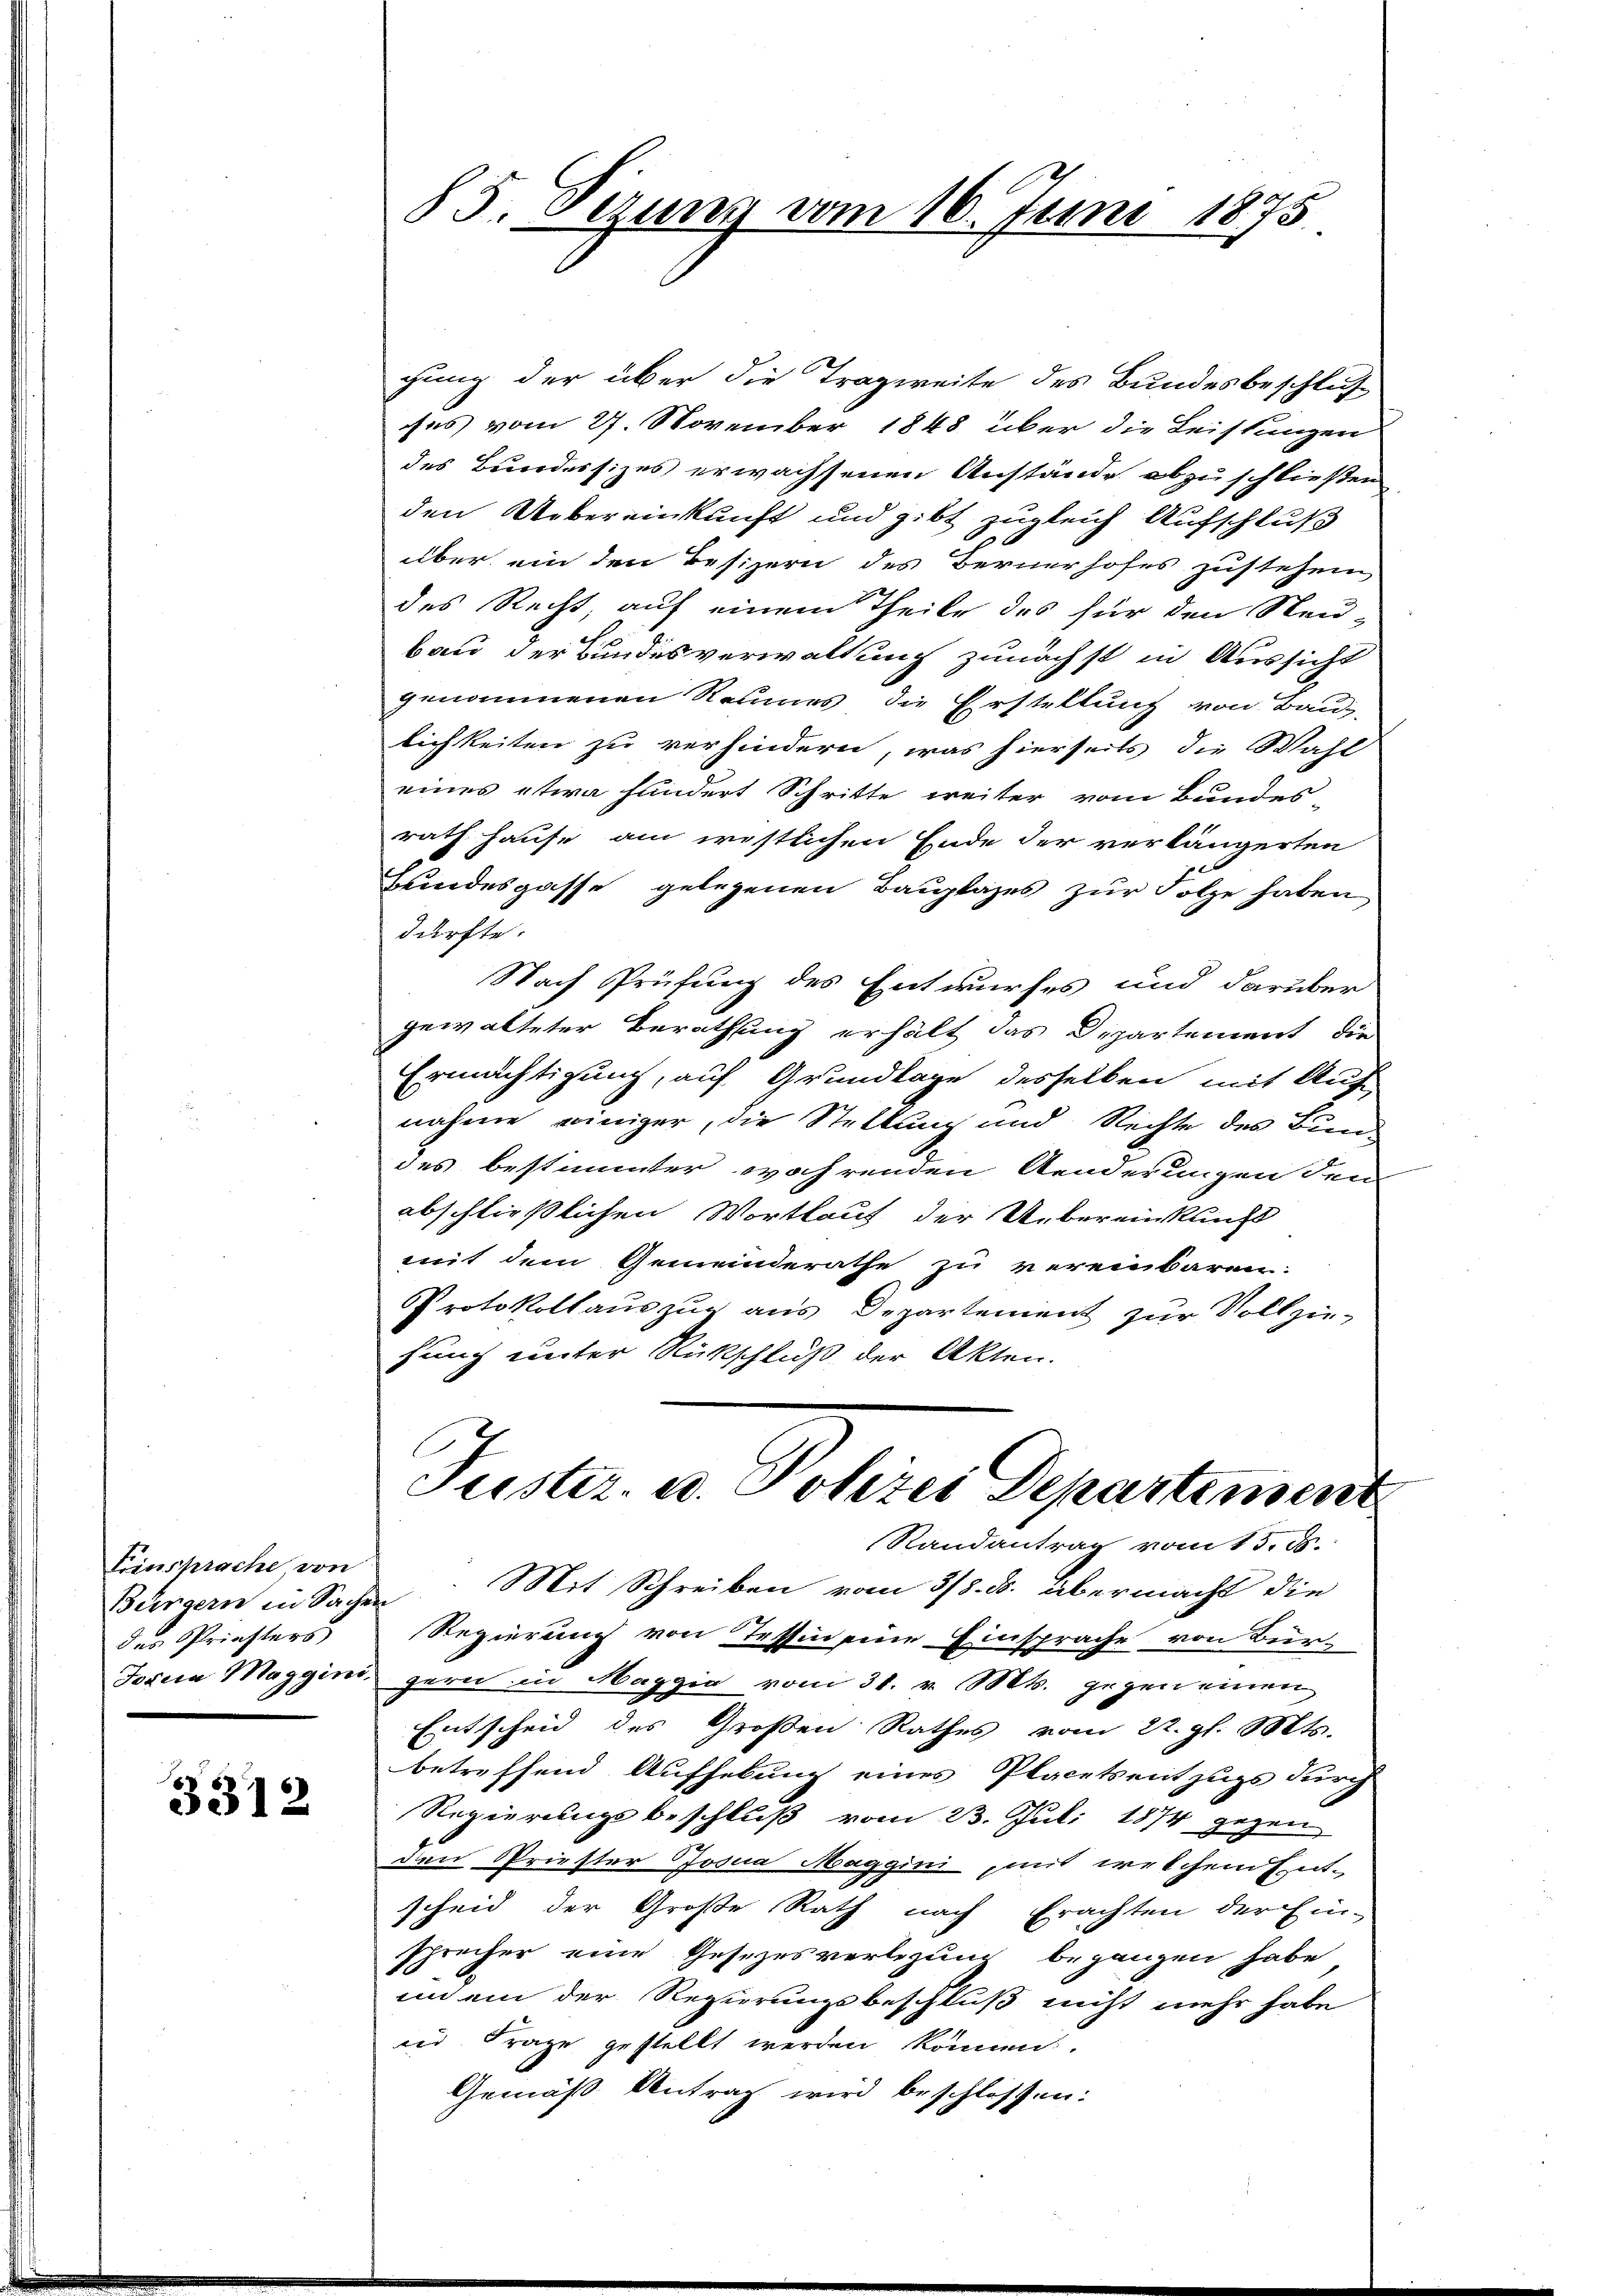
Einsprache von
des Priesters

3312

gung der über die Tragweite des Bundesbeschluß
es vom 27. November 1848 über die Leistungen
des Bundersizes erwachsenen Anstände abzuschließen
den Uebereinkunft und gibt zugleich Aufschluß
über ein den Besizern des Bernerhofes zustehen
des Recht, auf einem Theile des für den Neu-
bau der Bundesverwaltung zunächst in Aussicht
genommenen Raumes die Erstellung von Baulichkeiten zu verhindern, was hierseits die Wahl
eines etwa hundert Schritte weiter vom Bundes-
rath Hause am westlichen Ende der verlängerten
Bundesgasse gelegenen Bauplazes zur Folge haben
dürfte.
Nach Prüfung des Entwurfes und darüber
gewalteter Berathung erhält das Departement die
Ermächtigung, auf Grundlage desselben mit Auf
nahme einiger, die Stellung und Rechte des Bundes bestimmter währenden Aenderungen den
abschließlichen Wortlaut der Uebereinkunft
mit dem Gemeinderathe zu vereinbaren.
Protokollauszug aus Departement zur Vollzie-
hung unter Rückschluß der Akten.

85. Sizung vom 16. Juni 1875.

Juster. u. Polizei Departement
Randantrag vom 15. ds.

Bürgern in Sachen Mit Schreiben vom 3/8. ds. übermacht die
Regierung von Tessin eine Einsprache von Bür¬
Josia Maggini gern in Maggia vom 31. v. Mts. gegen einen
Entscheid des Großen Rathes vom 22. gl. Mts.
betreffend Aufhebung eines Placetsentzugs durch
Regierungsbeschluß vom 23. Juli 1874 gegen
den Priester Josua Maggini, mit welchem Ent-
scheid der Große Rath nach Erachten der Ein-
sprecher eine Gesezesverlegung begangen habe
im ein der Regierungsbeschluß nicht mehr habe
und Frage gestellt werden können.
Gemäß Antrag wird beschlossen: